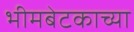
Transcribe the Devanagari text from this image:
भीमबेटकाच्या